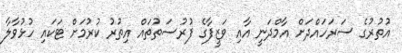
އުތުރުގެ ސަރަހައްދަށް އާމްދަނީ އާއި ވަޒީފާގެ ފުރުސަތުތައް އިތުރު ކުރުމަށް ޓަކައި ހުޅުވާލާ